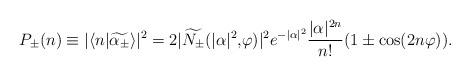
LaTeX: \begin{align*} P_{\pm}(n)\equiv |\langle n|\widetilde{\alpha_{\pm}}\rangle|^2 =2|\widetilde{N_{\pm}}(|\alpha|^2\mbox{,}\varphi)|^2 e^{-|\alpha|^2} \frac{|\alpha|^{2n}}{n!}(1\pm\cos(2n\varphi)).\end{align*}